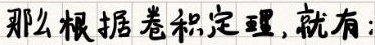
那么根据卷积定理,就有: